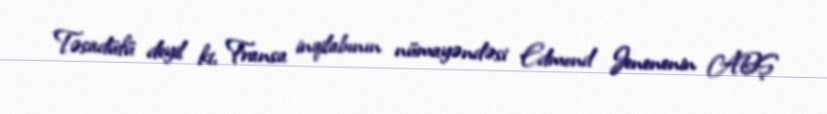
Təsadüfü deyil ki, Fransa inqilabının nümayəndəsi Edmond Jenenenin ABŞ